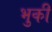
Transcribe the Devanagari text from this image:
भुकी